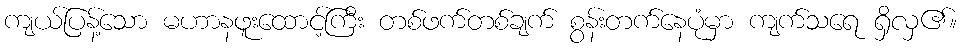
ကျယ်ပြန့်သော မဟာနဖူးထောင့်ကြီး တစ်ဖက်တစ်ချက် စွန်းတက်နေပုံမှာ ကျက်သရေ ရှိလှ၏။